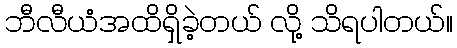
ဘီလီယံအထိရှိခဲ့တယ် လို့ သိရပါတယ်။